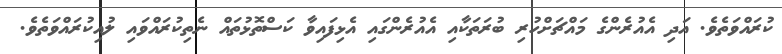
ކުރައްވަތެވެ. އަދި އެއުރެންގެ މައްޗަށްހުރި ބުރަތަކާއި އެއުރެންގައި އެޅިފައިވާ ކަސްތޮޅުތައް ނެތިކުރައްވައި ލުއިކުރައްވަތެވެ.